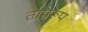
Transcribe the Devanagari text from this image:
ताम्ररूप